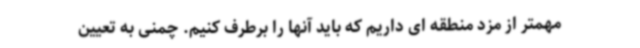
مهمتر از مزد منطقه ای داریم که باید آنها را برطرف کنیم. چمنی به تعیین